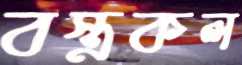
বস্ত্রকল